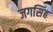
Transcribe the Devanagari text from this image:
जगसिंह